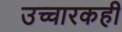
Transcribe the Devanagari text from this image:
उच्चारकही